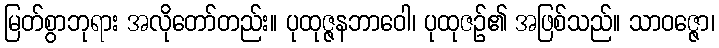
မြတ်စွာဘုရား အလိုတော်တည်း။ ပုထုဇ္ဇနဘာဝေါ၊ ပုထုဇဉ်၏ အဖြစ်သည်။ သာဝဇ္ဇော၊